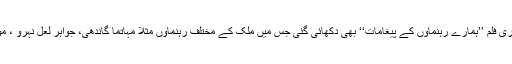
اس موقع پر مرکز مطالعاتِ اردو ثقافت (سی یو سی ایس) کی جانب سے ایک مختصر ڈاکیومنٹری فلم ’’ہمارے رہنماؤں کے پیغامات‘‘ بھی دکھائی گئی جس میں ملک کے مختلف رہنماؤں مثلاً مہاتما گاندھی، جواہر لعل نہرو ، مولانا آزاد، سردار پٹیل اور سبھاش چندر بوس وغیرہ کی تقریروں کی ریکارڈنگ پیش کی گئیں۔